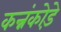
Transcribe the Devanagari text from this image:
कन्नंकोड़े